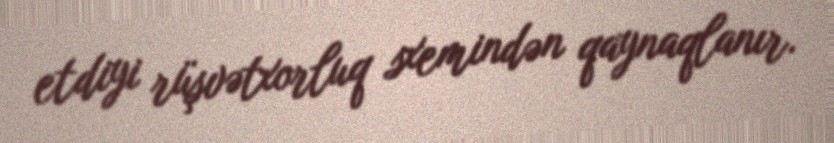
etdiyi rüşvətxorluq sxemindən qaynaqlanır.